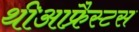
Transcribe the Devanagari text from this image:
थीआफ्रैस्टस